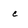
Character: c